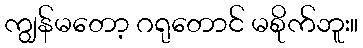
ကျွန်မတော့ ဂရုတောင် မစိုက်ဘူး။